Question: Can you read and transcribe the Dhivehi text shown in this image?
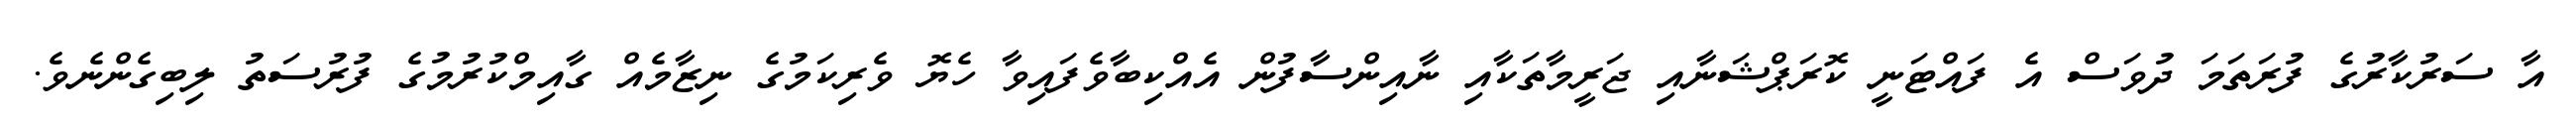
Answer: އާ ސަރުކާރުގެ ފުރަތަމަ ދުވަސް އެ ފައްޓަނީ ކޮރަޕްޝަނާއި ޖަރީމާތަކާއި ނާއިންސާފުން އެއްކިބާވެފައިވާ ހެޔޮ ވެރިކަމުގެ ނިޒާމެއް ގާއިމްކުރުމުގެ ފުރުސަތު ލިބިގެންނެވެ.